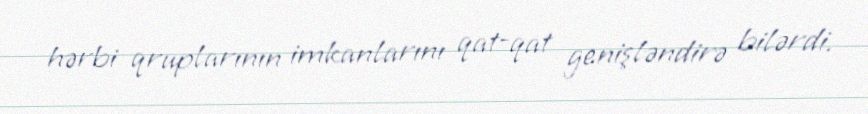
hərbi qruplarının imkanlarını qat-qat genişləndirə bilərdi.